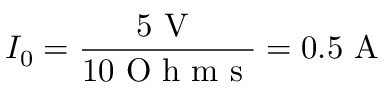
I _ { 0 } = \frac { 5 \mathrm { ~ V ~ } } { 1 0 \mathrm { ~ O ~ h ~ m ~ s ~ } } = 0 . 5 \mathrm { ~ A ~ }